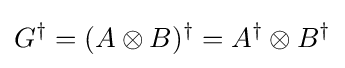
G^{\dagger }=(A\otimes B)^{\dagger }=A^{\dagger }\otimes B^{\dagger }